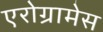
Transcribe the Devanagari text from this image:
एरोग्रामेस